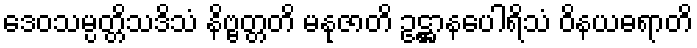
ဒေဝသမ္ပတ္တိသဒိသံ နိဗ္ဗတ္တတိ မနုဇာတိ ဥဋ္ဌာနပေါရိသံ ဝိနယဓရာတိ